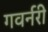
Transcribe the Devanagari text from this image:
गवर्नरी